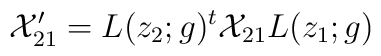
{\cal X}^{\prime}_{21}=L(z_{2};g)^{t}{\cal X}_{21}L(z_{1};g)~~~~~